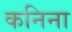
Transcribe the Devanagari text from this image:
कनिना